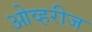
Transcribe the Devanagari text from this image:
ओव्हरीज